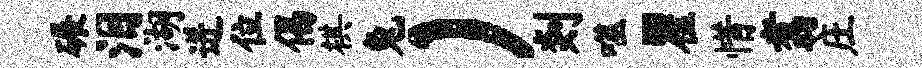
碾泪湖迸位偈棋兔）剡噬瞿惜翥庄